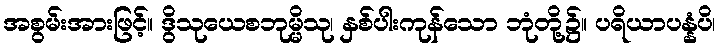
အစွမ်းအားဖြင့်။ ဒွိသုယေစဘုမ္မိသု၊ နှစ်ပါးကုန်သော ဘုံတို့၌။ ပရိယာပန္နံပိ၊